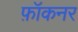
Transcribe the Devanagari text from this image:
फ़ॉकनर